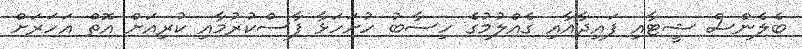
ބެލެންސް ޝީޓާއި ފައިދާއާއި ގެއްލުމުގެ ހިސާބު ހުށަހަޅާ ފާސްކުރުމާއި ކުރިއަށް އޮތް އަހަރަށް